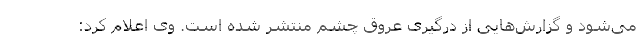
می‌شود و گزارش‌هایی از درگیری عروق چشم منتشر شده است. وی اعلام کرد: